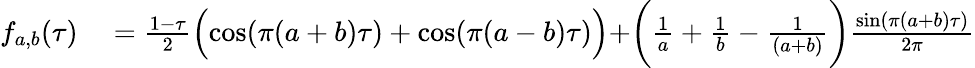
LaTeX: \begin{array}{rl}{f_{a,b}(\tau)}&{{}=\frac{1-\tau}{2}\Bigl(\cos(\pi(a+b)\tau)+\cos(\pi(a-b)\tau)\Bigr)+\biggr(\frac{1}{a}+\frac{1}{b}-\frac{1}{(a+b)}\biggr)\frac{\sin(\pi(a+b)\tau)}{2\pi}}\end{array}